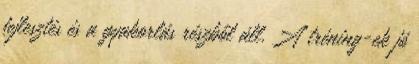
fejlesztés és a gyakorlás részből áll. A tréning-ek jó